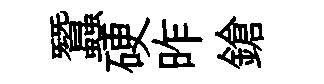
蠶硬昨鎗